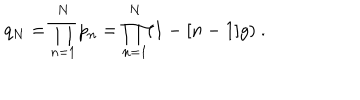
LaTeX: q _ { N } = \prod _ { n = 1 } ^ { N } p _ { n } = \prod _ { n = 1 } ^ { N } ( 1 - [ n - 1 ] g ) \ .